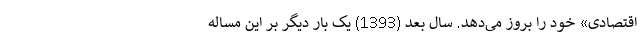
اقتصادی» خود را بروز می‌دهد. سال بعد (1393) یک بار دیگر بر این مساله